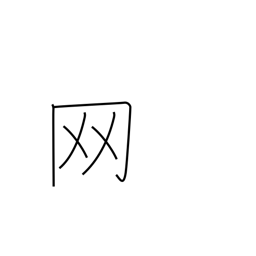
Meaning: net or net crown radical (no. 122)